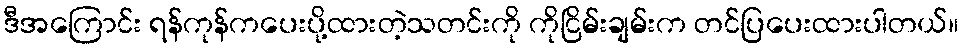
ဒီအကြောင်း ရန်ကုန်ကပေးပို့ထားတဲ့သတင်းကို ကိုငြိမ်းချမ်းက တင်ပြပေးထားပါတယ်။